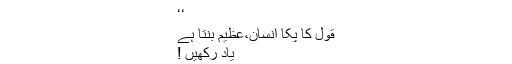
‘‘
قول کا پکا انسان،عظیم بنتا ہے
یاد رکھیں !